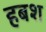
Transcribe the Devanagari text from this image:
हबश